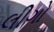
લીગો